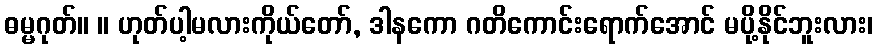
ဓမ္မဂုတ်။ ။ ဟုတ်ပါ့မလားကိုယ်တော်, ဒါနကော ဂတိကောင်းရောက်အောင် မပို့နိုင်ဘူးလား၊